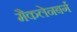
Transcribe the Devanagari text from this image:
मैकलेनबर्ग